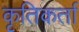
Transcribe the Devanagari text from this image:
कृतिकर्ता